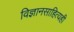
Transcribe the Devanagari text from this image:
विज्ञानसाहित्यही